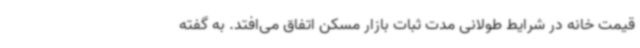
قیمت خانه در شرایط طولانی مدت ثبات بازار مسکن اتفاق می‌افتد. به گفته